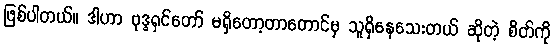
ဖြစ်ပါတယ်။ ဒါဟာ ဗုဒ္ဓရှင်တော် မရှိတော့တာတောင်မှ သူရှိနေသေးတယ် ဆိုတဲ့ စိတ်ကို